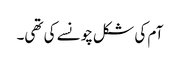
آم کی شکل چونسے کی تھی۔